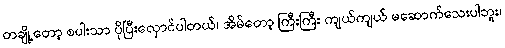
တချို့တော့ စပါးသာ ပိုပြီးလှောင်ပါတယ်၊ အိမ်တော့ ကြီးကြီး ကျယ်ကျယ် မဆောက်သေးပါဘူး၊